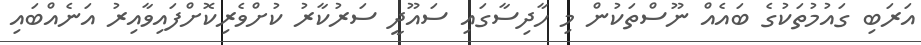
އަރަބި ގައުމުތަކުގެ ބައެއް ނޫސްތަކުން މި ހާދިސާގައި ސައޫދީ ސަރުކާރު ކުށްވެރިކޮށްފައިވާއިރު އަނެއްބައި